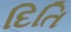
દિતિ